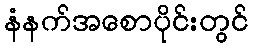
နံနက်အစောပိုင်းတွင်